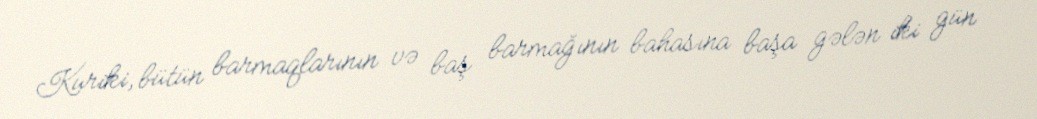
Kuriki, bütün barmaqlarının və baş barmağının bahasına başa gələn iki gün